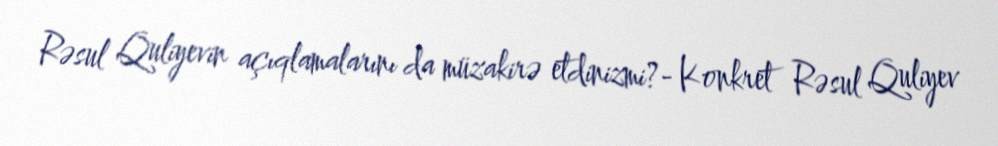
Rəsul Quliyevin açıqlamalarını da müzakirə etdinizmi?- Konkret Rəsul Quliyev